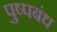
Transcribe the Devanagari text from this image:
पुष्पबंध